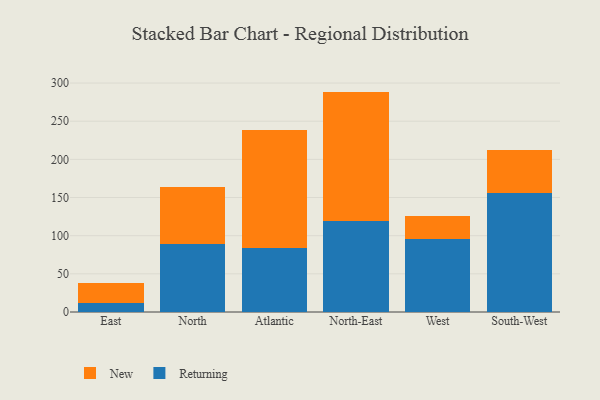
{"axis": {"x": "Region", "y": "Satisfaction Score"}, "legend": ["New", "Returning"], "data": [{"x": "East", "y": 11.4, "type": "Returning"}, {"x": "East", "y": 26.0, "type": "New"}, {"x": "North", "y": 89.6, "type": "Returning"}, {"x": "North", "y": 73.6, "type": "New"}, {"x": "Atlantic", "y": 83.8, "type": "Returning"}, {"x": "Atlantic", "y": 154.7, "type": "New"}, {"x": "North-East", "y": 119.0, "type": "Returning"}, {"x": "North-East", "y": 169.8, "type": "New"}, {"x": "West", "y": 95.5, "type": "Returning"}, {"x": "West", "y": 30.1, "type": "New"}, {"x": "South-West", "y": 156.1, "type": "Returning"}, {"x": "South-West", "y": 56.4, "type": "New"}]}